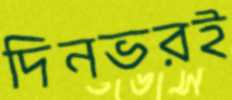
দিনভরই